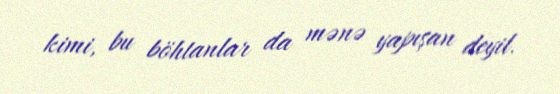
kimi, bu böhtanlar da mənə yapışan deyil.